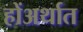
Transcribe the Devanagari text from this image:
होंअर्थात